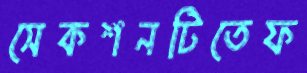
সেকশনটিতেফ